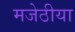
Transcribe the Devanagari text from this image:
मजेठीया